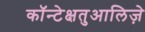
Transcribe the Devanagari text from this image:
कॉन्टेक्षतुआलिज़े